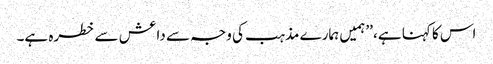
اس کا کہنا ہے، ’’ہمیں ہمارے مذہب کی وجہ سے داعش سے خطرہ ہے۔